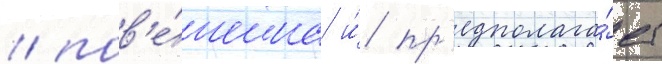
/ пов'е́шена и́ пр'едполага́ет